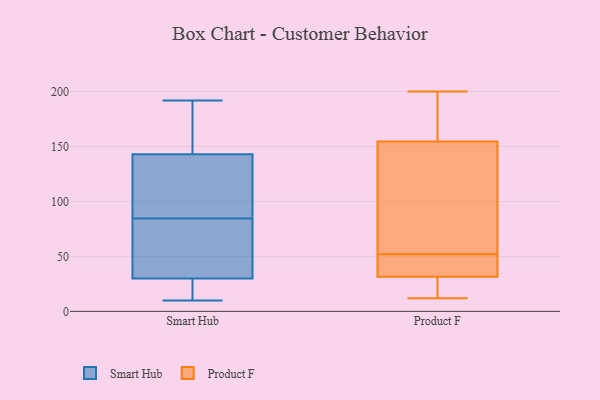
{"axis": {"x": "Satisfaction Score", "y": "Value"}, "legend": ["Product F", "Smart Hub"], "data": [{"x": "", "y": 14, "type": "Smart Hub"}, {"x": "", "y": 10, "type": "Smart Hub"}, {"x": "", "y": 175, "type": "Smart Hub"}, {"x": "", "y": 111, "type": "Smart Hub"}, {"x": "", "y": 192, "type": "Smart Hub"}, {"x": "", "y": 178, "type": "Smart Hub"}, {"x": "", "y": 70, "type": "Smart Hub"}, {"x": "", "y": 85, "type": "Smart Hub"}, {"x": "", "y": 39, "type": "Smart Hub"}, {"x": "", "y": 18, "type": "Smart Hub"}, {"x": "", "y": 143, "type": "Smart Hub"}, {"x": "", "y": 116, "type": "Smart Hub"}, {"x": "", "y": 30, "type": "Smart Hub"}, {"x": "", "y": 84, "type": "Smart Hub"}, {"x": "", "y": 146, "type": "Product F"}, {"x": "", "y": 200, "type": "Product F"}, {"x": "", "y": 52, "type": "Product F"}, {"x": "", "y": 180, "type": "Product F"}, {"x": "", "y": 36, "type": "Product F"}, {"x": "", "y": 21, "type": "Product F"}, {"x": "", "y": 12, "type": "Product F"}, {"x": "", "y": 100, "type": "Product F"}, {"x": "", "y": 27, "type": "Product F"}, {"x": "", "y": 21, "type": "Product F"}, {"x": "", "y": 196, "type": "Product F"}, {"x": "", "y": 46, "type": "Product F"}, {"x": "", "y": 193, "type": "Product F"}, {"x": "", "y": 57, "type": "Product F"}, {"x": "", "y": 136, "type": "Product F"}, {"x": "", "y": 33, "type": "Product F"}, {"x": "", "y": 36, "type": "Product F"}]}